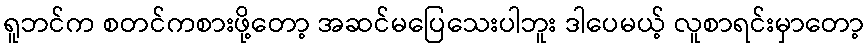
ရူဘင်က စတင်ကစားဖို့တော့ အဆင်မပြေသေးပါဘူး ဒါပေမယ့် လူစာရင်းမှာတော့